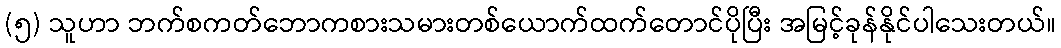
(၅) သူဟာ ဘက်စကတ်ဘောကစားသမားတစ်ယောက်ထက်တောင်ပိုပြီး အမြင့်ခုန်နိုင်ပါသေးတယ်။